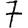
Digit: 7